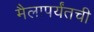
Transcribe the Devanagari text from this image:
मैलापर्यंतची